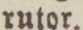
rutor.